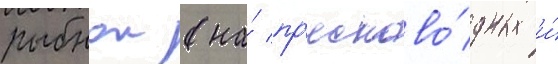
рыбнои (на́ пр'есново́дных и́